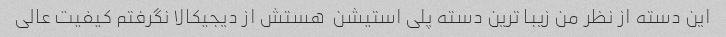
این دسته از نظر من زیبا ترین دسته پلی استیشن  هستش از دیجیکالا نگرفتم کیفیت عالی